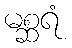
မစ္ဆရံ